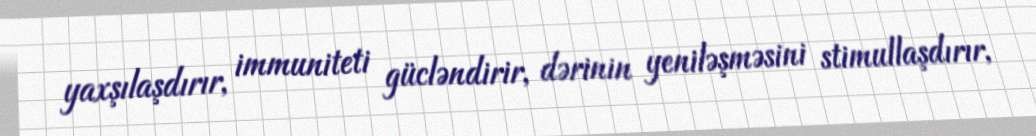
yaxşılaşdırır, immuniteti gücləndirir, dərinin yeniləşməsini stimullaşdırır,